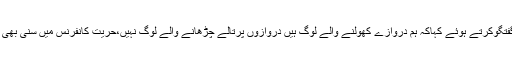
اس موقع پربزرگ کشمیری رہنماء پروفیسر عبدالغنی بھٹ نے گفتگوکرتے ہوئے کہاکہ ہم دروازے کھولنے والے لوگ ہیں دروازوں پرتالے چڑھانے والے لوگ نہیں،حریت کانفرنس میں سنی بھی ہیں شیعہ بھی ہیں،اس میں عالم بھی ہیں اور جاہل بھی ملیں گے۔